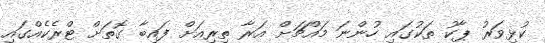
ކުޅިވަރު ޕާކު ތަކުގައި ހުންނަ މައްޗަށް އަރާ ތިރިއަށް ފައިބާ ގޮތަށް ޓްރެކެއްގައި